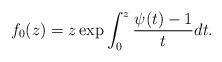
LaTeX: \begin{align*}f_0(z)=z\exp{\int_{0}^{z}\frac{\psi(t)-1}{t}dt}.\end{align*}